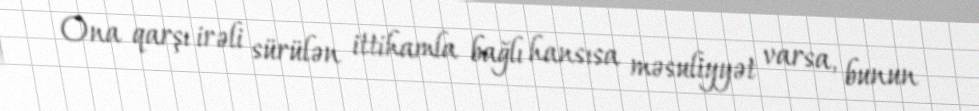
Ona qarşı irəli sürülən ittihamla bağlı hansısa məsuliyyət varsa, bunun